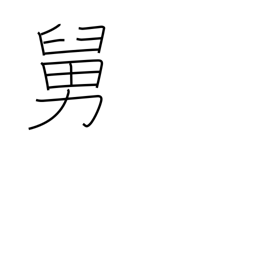
Meaning: father-in-law